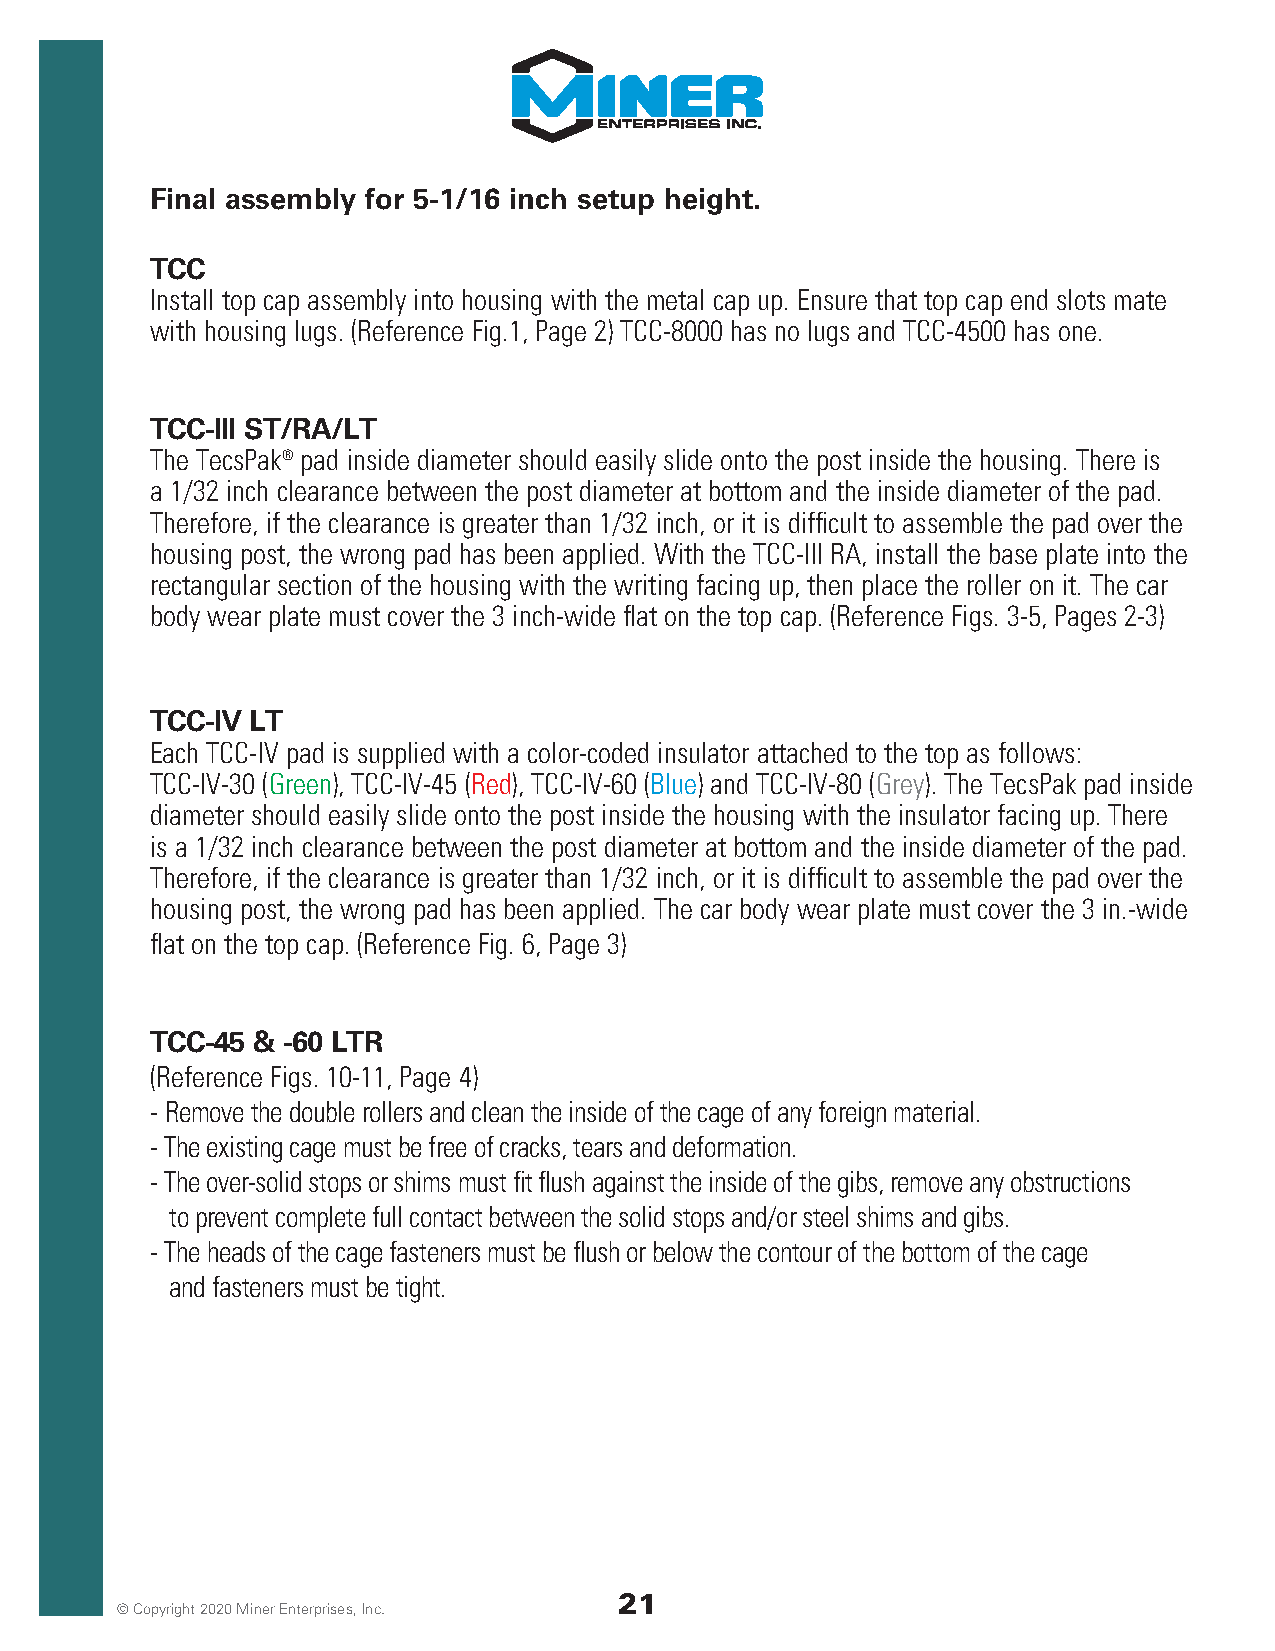
Final assembly for 5-1/16 inch setup height.
 TCC
 Install top cap assembly into housing with the metal cap up. Ensure that top cap end slots mate
 with housing lugs. (Reference Fig.1, Page 2) TCC-8000 has no lugs and TCC-4500 has one.
 TCC-III ST/RA/LT
 The TecsPak® pad inside diameter should easily slide onto the post inside the housing. There is
 a 1/32 inch clearance between the post diameter at bottom and the inside diameter of the pad.
 Therefore, if the clearance is greater than 1/32 inch, or it is difficult to assemble the pad over the
 housing post, the wrong pad has been applied. With the TCC-III RA, install the base plate into the
 rectangular section of the housing with the writing facing up, then place the roller on it. The car
 body wear plate must cover the 3 inch-wide flat on the top cap. (Reference Figs. 3-5, Pages 2-3)
 TCC-IV LT
 Each TCC-IV pad is supplied with a color-coded insulator attached to the top as follows:
 TCC-IV-30 (Green), TCC-IV-45 (Red), TCC-IV-60 (Blue) and TCC-IV-80 (Grey). The TecsPak pad inside
 diameter should easily slide onto the post inside the housing with the insulator facing up. There
 is a 1/32 inch clearance between the post diameter at bottom and the inside diameter of the pad.
 Therefore, if the clearance is greater than 1/32 inch, or it is difficult to assemble the pad over the
 housing post, the wrong pad has been applied. The car body wear plate must cover the 3 in.-wide
 flat on the top cap. (Reference Fig. 6, Page 3)
 TCC-45 & -60 LTR
 (Reference Figs. 10-11, Page 4)
 - Remove the double rollers and clean the inside of the cage of any foreign material.
 - The existing cage must be free of cracks, tears and deformation.
 - The over-solid stops or shims must fit flush against the inside of the gibs, remove any obstructions
 to prevent complete full contact between the solid stops and/or steel shims and gibs.
 - The heads of the cage fasteners must be flush or below the contour of the bottom of the cage
 and fasteners must be tight.
 21
 © Copyright 2020 Miner Enterprises, Inc.